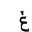
Letter: _gayn